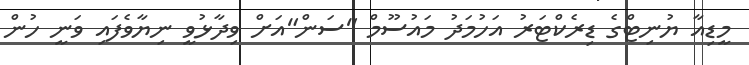
މީޑިއާ ޔުނިޓްގެ ޑިރެކްޓަރު އަހުމަދު މައުސޫމް "ސަން"އަށް ވިދާޅުވީ ނިޔާވެފައި ވަނީ ހުން